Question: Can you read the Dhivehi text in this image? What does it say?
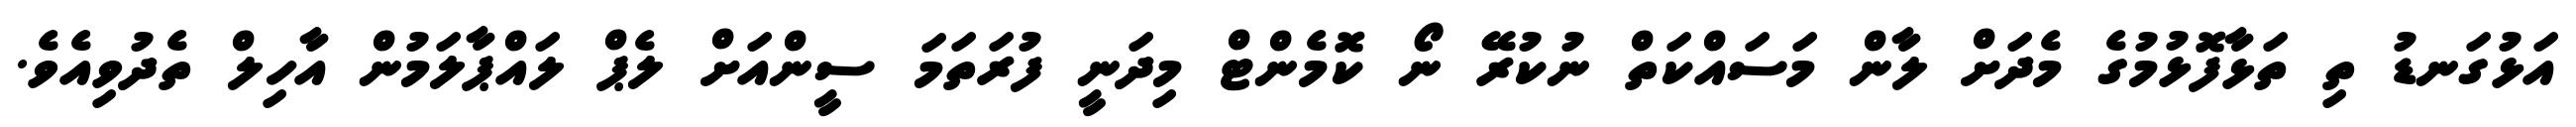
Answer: އަޅުގަނޑު ތި ތަޅާފޮޅުމުގެ މެދަށް ލާން މަސައްކަތް ނުކުރޭ ނޯ ކޮމެންޓް މިދަނީ ފުރަތަމަ ސީންއަށް ލެޕް ލައްޕާލަމުން އާހިލް ތެދުވިއެވެ.